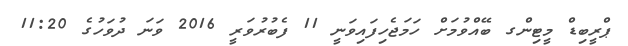
ޕްރީބިޑް މީޓިންގ ބޭއްވުމަށް ހަމަޖެހިފައިވަނީ 11 ފެބުރުވަރީ 2016 ވަނަ ދުވަހުގެ 11:20